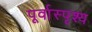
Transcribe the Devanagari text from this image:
पूर्वास्पृश्य